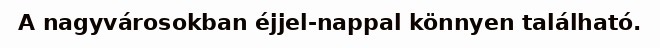
A nagyvárosokban éjjel-nappal könnyen található.